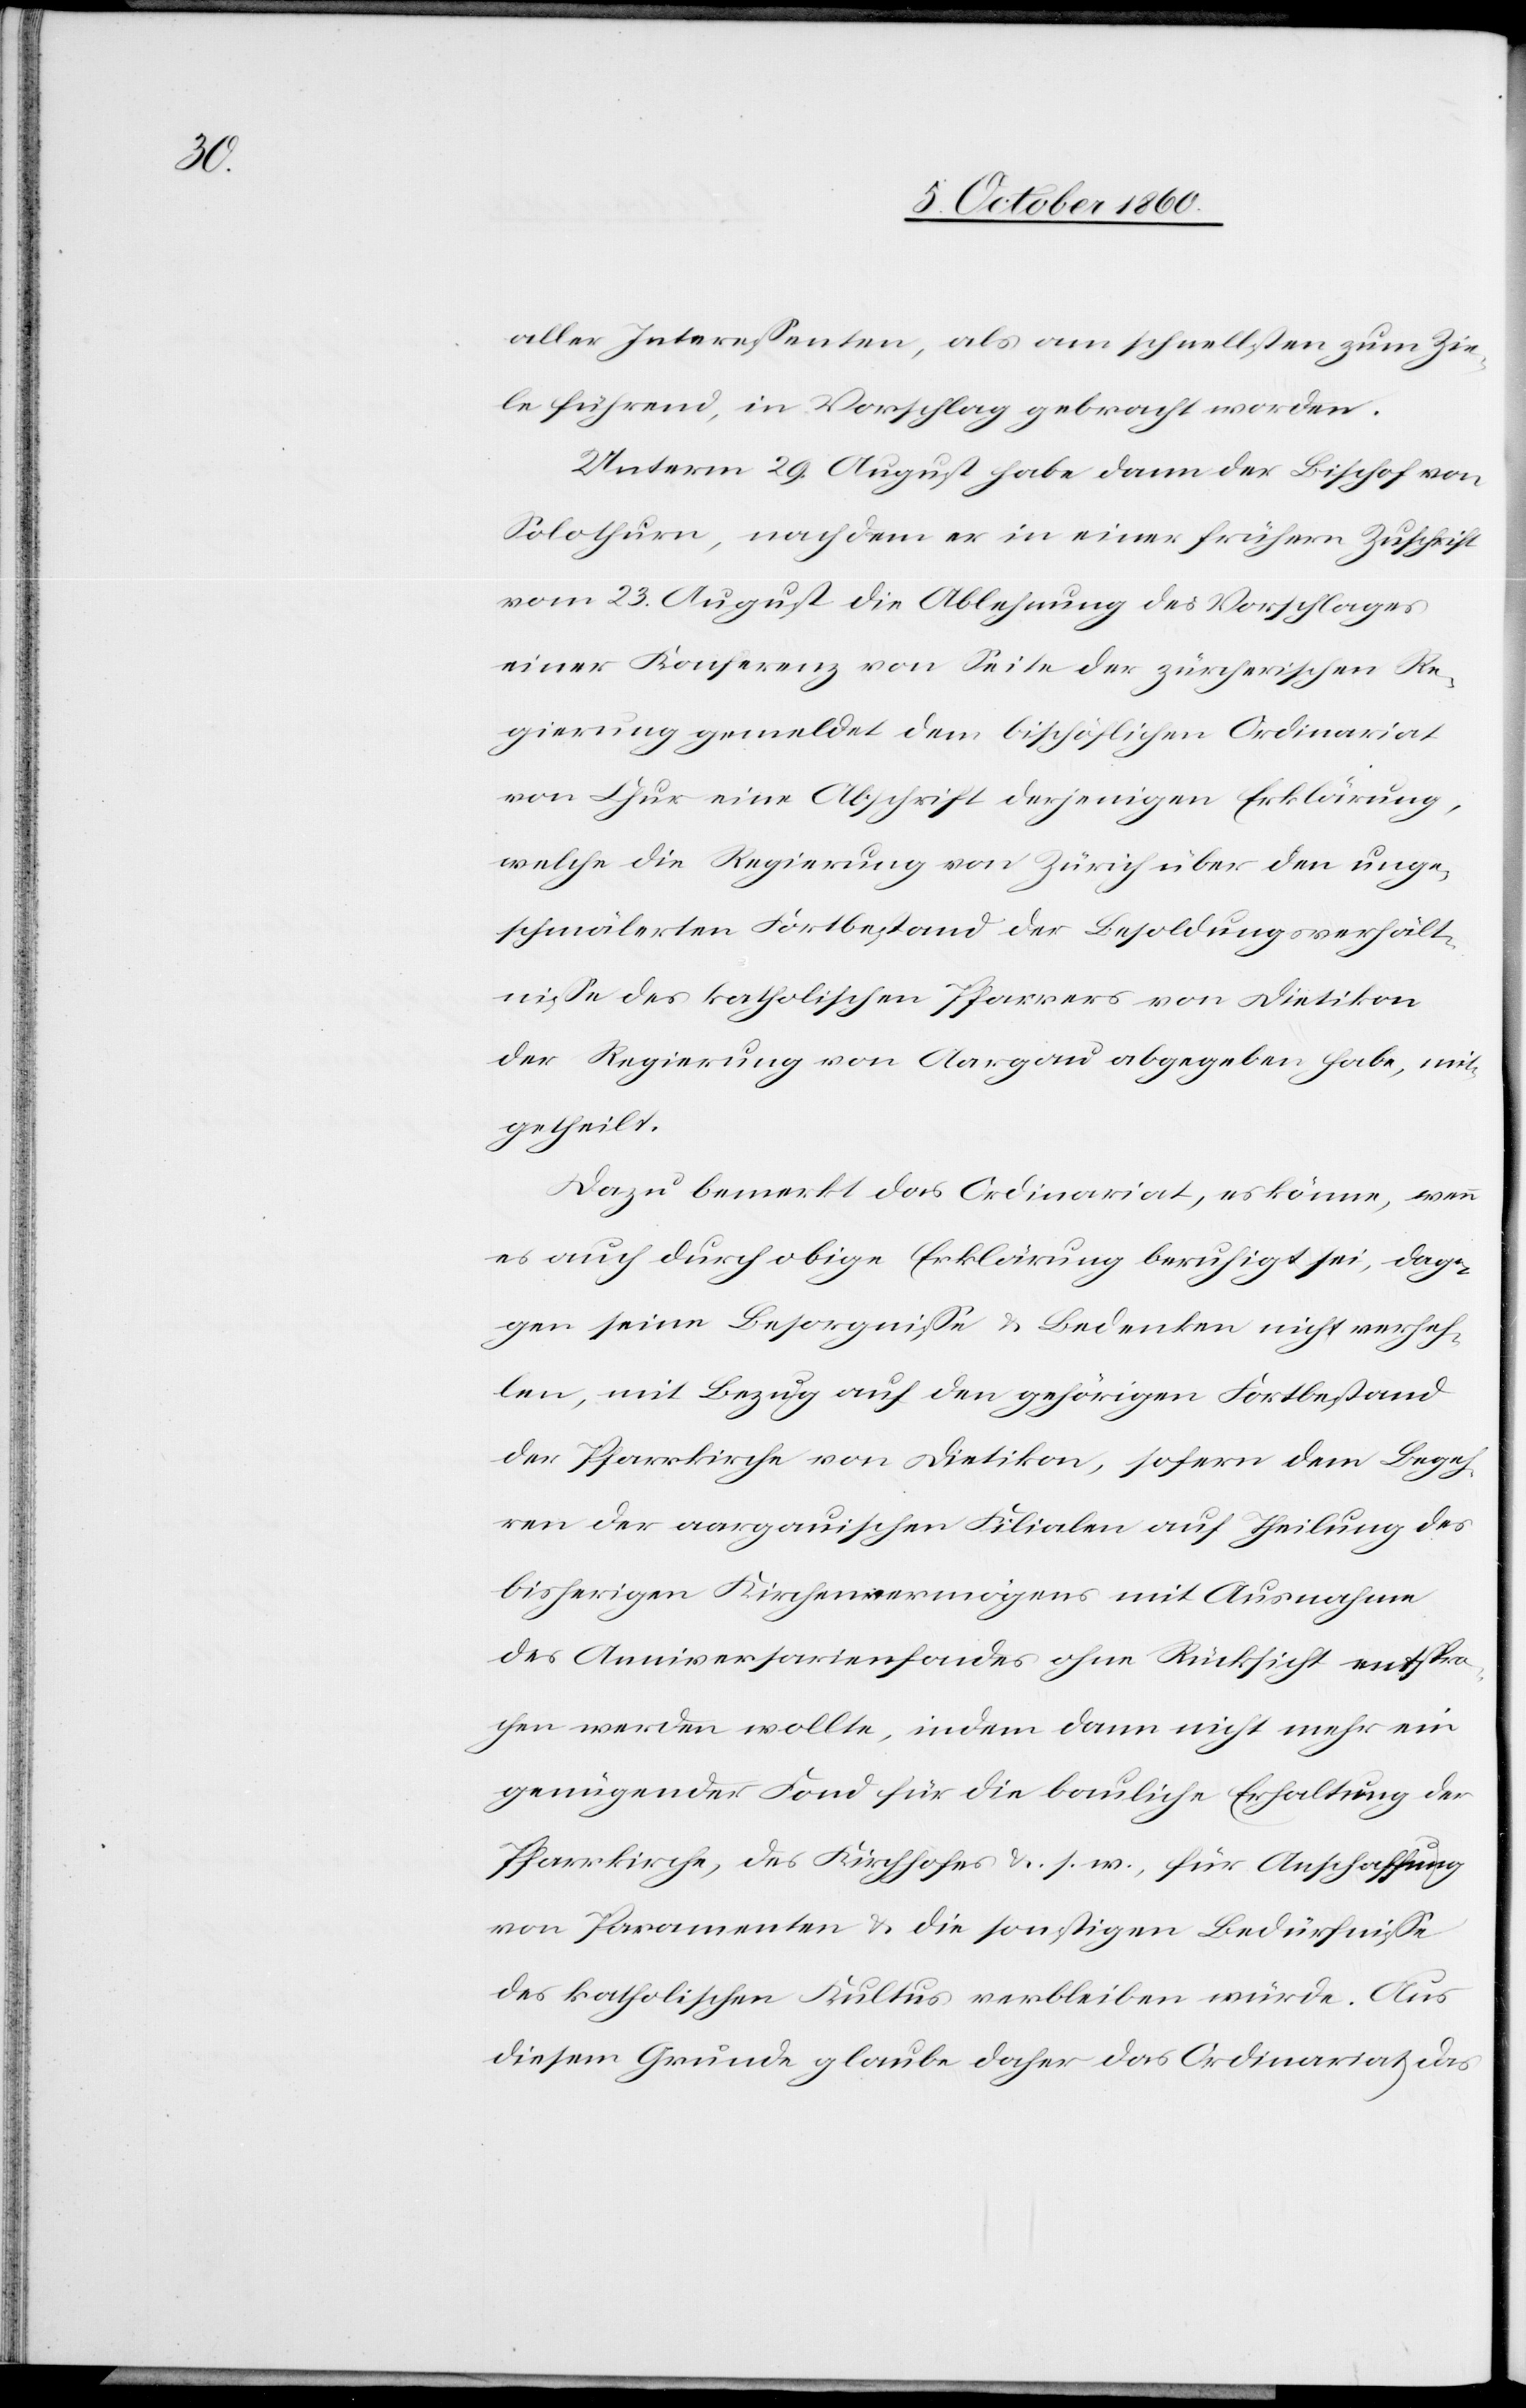
aller Interessenten, als am schnellsten zum Zei¬
le führend, in Vorschlag gebracht worden.
Unterm 29. August habe dann der Bischof von
Solothurn, nachdem er in einer frühern Zuschrift
vom 23. August die Ablehnung des Vorschlages
einer Konferenz von Seite der zürcherischen Re¬
gierung gemeldet dem bischöflichen Ordinariat
von Chur eine Abschrift derjenigen Erklärung,
welche die Regierung von Zürich über den unge¬
schmälerten Fortbestand der Besoldungsverhält¬
nisse des katholischen Pfarrers von Dietikon
der Regierung von Aargau abgegeben habe, mit¬
getheilt.
Dazu bemerkt das Ordinariat, es könne, wenn
es auch durch obige Erklärung beruhigt sei, dage¬
gen seine Besorgnisse u. Bedenken nicht verheh¬
len, mit Bezug auf den gehörigen Fortbestand
der Pfarrkirche von Dietikon, sofern dem Begeh¬
ren der aargauischen Filialen auf Theilung des
bisherigen Kirchenvermögens mit Ausnahme
des Anniversarienfondes ohne Rücksicht entspro¬
chen werden wollte, indem dann nicht mehr ein
genügender Fond für die bauliche Erhaltung der
Pfarrkirche, des Kirchhofes u. s. w., für Anschaffung
von Paramenten u. die sonstigen Bedürfnisse
des katholischen Kultus verbleiben würde. Aus
diesem Grunde glaube daher das Ordinariat das